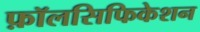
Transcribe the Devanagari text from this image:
फ़ॉलसिफिकेशन